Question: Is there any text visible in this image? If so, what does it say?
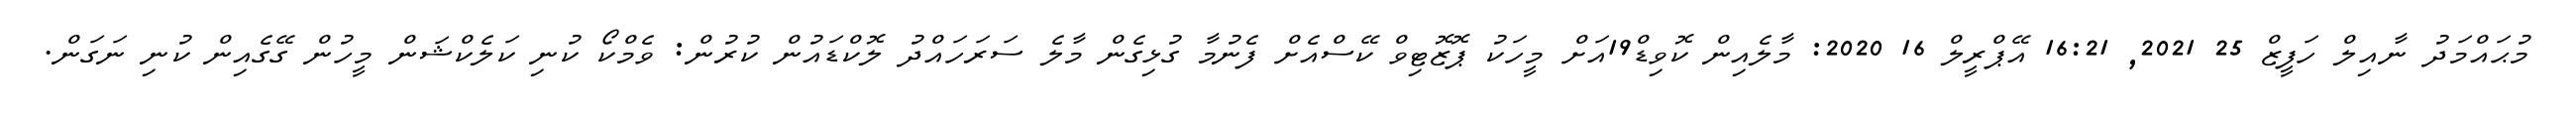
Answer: މުޙައްމަދު ނާއިލް ހަފީޒް 25 2021, 16:21 އޭޕްރީލް 16 2020: މާލެއިން ކޮވިޑް19އަށް މީހަކު ޕޮޒޮޓިވް ކޭސްއެށް ފެނުމާ ގުޅިގެން މާލެ ސަރަހައްދު ލޮކްޑައުން ކުރުން: ވެމްކޯ ކުނި ކަލެކްޝަން މީހުން ގޭގެއިން ކުނި ނަގަން.